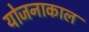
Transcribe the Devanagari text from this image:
योजनाकाल